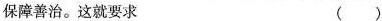
保障善治。这就要求 ()